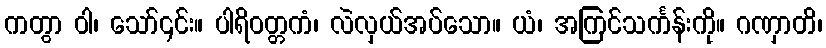
ကတွာ ဝါ၊ သော်၎င်း။ ပါရိဝတ္တကံ၊ လဲလှယ်အပ်သော။ ယံ၊ အကြင်သင်္ကန်းကို။ ဂဏှာတိ၊